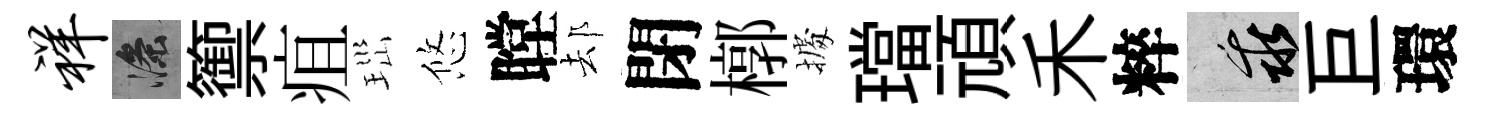
祥滌籞疽𤤼悠瞠𨚫閉槨𢴃璫頑禾粹乖巨環